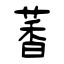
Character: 萫